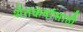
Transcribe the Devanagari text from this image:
शेतकर्यासाठी